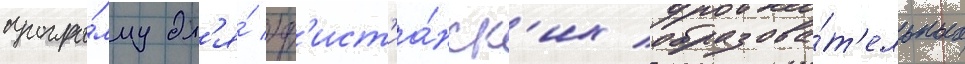
програ́мму дл'я́ хр'ист'иа́нск'их образова́т'ельных